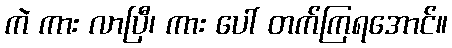
ကဲ ကား လာပြီ၊ ကား ပေါ် တက်ကြရအောင်။